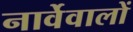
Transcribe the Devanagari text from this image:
नार्वेवालों